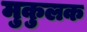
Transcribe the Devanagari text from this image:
मुकुलक